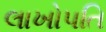
લાખોપતિ